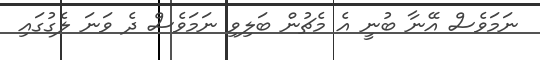
ނަމަވެސް އޭނާ ބުނީ އެ މެޗުން ބަލިވި ނަމަވެސް ދެ ވަނަ ލެގުގައި